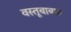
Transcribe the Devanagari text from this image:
वस्तूबाबात